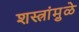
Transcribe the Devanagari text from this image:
शस्त्रांमु़ळे